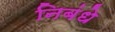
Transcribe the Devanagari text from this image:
निबंधे